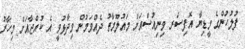
ފުލުހުންގެ މީޑިޔާ އޮފިސަރ ވިނިއުސްއަށް މައުލޫމާތު ދެއްވަމުން ވިދާޅުވީ އެ ކުއްޖާއަށް މިހާރު